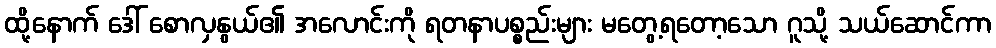
ထို့နောက် ဒေါ် စောလှနွယ်၏ အလောင်းကို ရတနာပစ္စည်းများ မတွေ့ရတော့သော ဂူသို့ သယ်ဆောင်ကာ